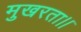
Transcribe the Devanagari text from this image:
मुखरता।।